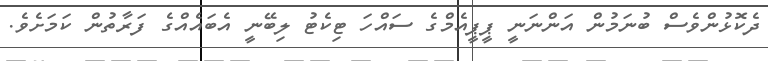
ދެކޮޅުންވެސް ބުނަމުން އަންނަނީ ޕީޕީއެމްގެ ސައްހަ ޓިކެޓު ލިބޭނީ އެބައެއްގެ ފަރާތުން ކަމަށެވެ.